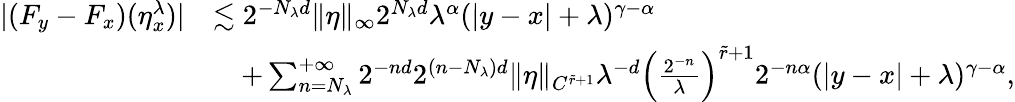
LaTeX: \begin{array}{rl}{|(F_{y}-F_{x})(\eta_{x}^{\lambda})|}&{\lesssim 2^{-N_{\lambda}d}\| \eta\| _{\infty}2^{N_{\lambda}d}\lambda^{\alpha}(|y-x|+\lambda)^{\gamma-\alpha}}\\ &{\quad+\sum_{n=N_{\lambda}}^{+\infty}2^{-nd}2^{(n-N_{\lambda})d}\| \eta\| _{C^{\tilde{r}+1}}\lambda^{-d}\left(\frac{2^{-n}}{\lambda}\right)^{\tilde{r}+1}2^{-n\alpha}(|y-x|+\lambda)^{\gamma-\alpha},}\end{array}